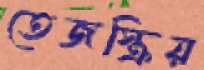
তেজস্ক্রিয়